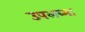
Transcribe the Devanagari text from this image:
उपलब्मा